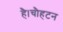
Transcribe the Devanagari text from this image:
है।चौहटन